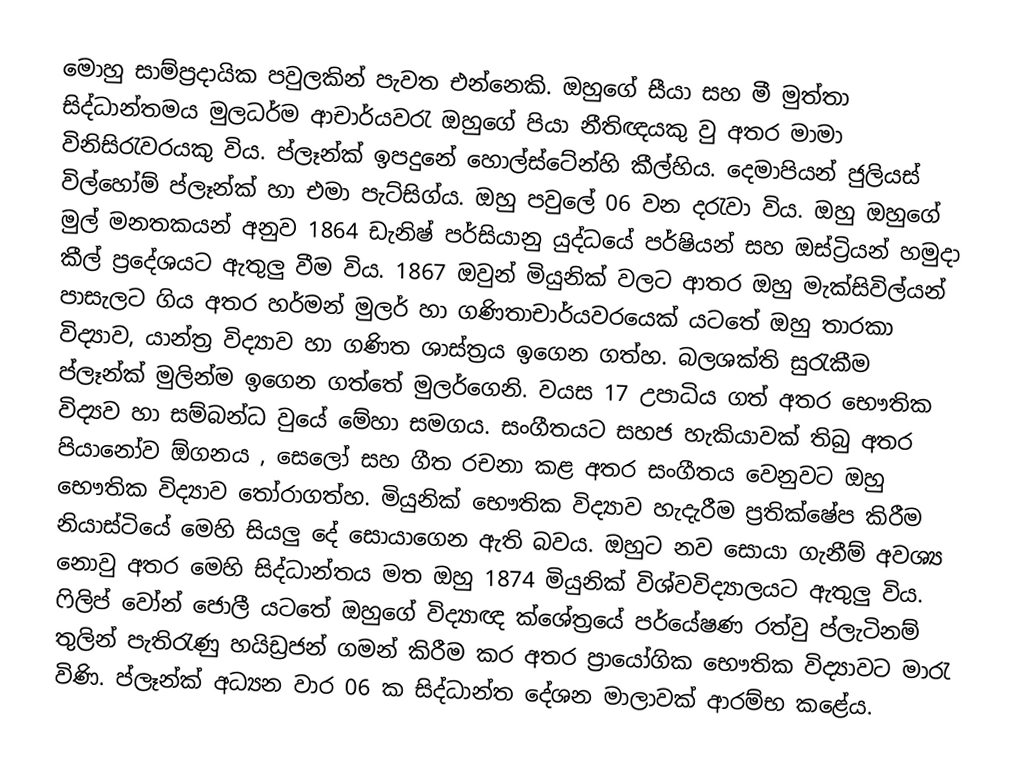
මොහු සාම්ප්‍රදායික පවුලකින් පැවත එන්නෙකි. ඔහුගේ සීයා සහ මී මුත්තා සිද්ධාන්තමය මුලධර්ම ආචාර්යවරැ ඔහුගේ පියා නීතිඥයකු වු අතර මාමා විනිසිරැවරයකු විය. ප්ලෑන්ක් ඉපදුනේ හොල්ස්ටේන්හි කීල්හිය. දෙමාපියන් ජුලියස් විල්‍හෝම් ප්ලෑන්ක් හා එමා පැට්සිග්ය. ඔහු පවුලේ 06 වන  දරැවා විය. ඔහු ඔහුගේ මුල් මනතකයන් අනුව 1864 ඩැනිෂ් පර්සියානු යුද්ධයේ පර්ෂියන් සහ ඔස්ට්‍රියන් හමුදා කීල් ප්‍රදේශයට ඇතුලු වීම විය. 1867 ඔවුන් මියුනික් වලට ආතර ඔහු මැක්සිවිල්යන් පාසැලට ගිය අතර හර්මන් මුලර් හා ගණිතාචාර්යවරයෙක් යටතේ ඔහු තාරකා විද්‍යාව, යාන්ත්‍ර විද්‍යාව හා ගණිත ශාස්ත්‍රය ඉගෙන ගත්හ. බලශක්ති සුරැකීම ප්ලෑන්ක් මුලින්ම ඉගෙන ගත්තේ මුලර්ගෙනි. වයස 17 උපාධිය ගත් අතර භෞතික විද්‍යව හා සම්බන්ධ වුයේ මේහා සමගය. සංගීතයට සහජ හැකියාවක් තිබු අතර පියානෝව ඕගනය , සෙලෝ සහ ගීත රචනා කළ අතර සංගීතය වෙනුවට ඔහු භෞතික විද්‍යාව තෝරාගත්හ. මියුනික් භෞතික විද්‍යාව හැදැරීම ප්‍රතික්ෂේප කිරීම නියාස්ටියේ මෙහි සියලු දේ සොයාගෙන ඇති බවය. ඔහුට නව සොයා ගැනීම් අවශ්‍ය නොවු අතර මෙහි සිද්ධාන්තය මත ඔහු 1874 මියුනික් විශ්වවිද්‍යාලයට ඇතුලු විය. ෆිලිප් වෝන් ජොලී යටතේ ඔහුගේ විද්‍යාඥ ක්ශේත්‍රයේ පර්යේෂණ රත්වු ප්ලැටිනම් තුලින් පැතිරැණු හයිඩ්‍රජන් ගමන් කිරීම කර අතර ප්‍රායෝගික භෞතික විද්‍යාවට මාරැ විණි. ප්ලෑන්ක් අධ්‍යන වාර 06 ක සිද්ධාන්ත දේශන මාලාවක් ආරම්භ කළේය.